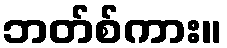
ဘတ်စ်ကား။